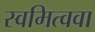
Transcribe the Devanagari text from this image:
स्वमित्ववा